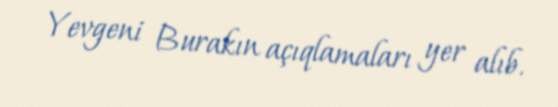
Yevgeni Burakın açıqlamaları yer alıb.